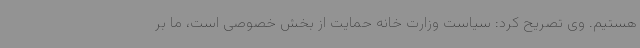
هستیم. وی تصریح کرد: سیاست وزارت خانه حمایت از بخش خصوصی است، ما بر